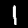
Digit: 1